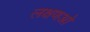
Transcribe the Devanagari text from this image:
लक्षणओ